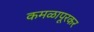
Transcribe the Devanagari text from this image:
कमळापूरकर